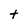
Character: t